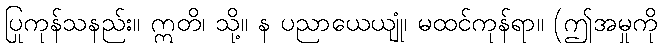
ပြုကုန်သနည်း။ ဣတိ၊ သို့။ န ပညာယေယျုံ၊ မထင်ကုန်ရာ။ (ဤအမှုကို